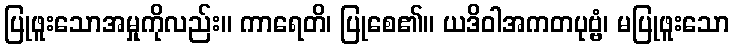
ပြုဖူးသောအမှုကိုလည်း။ ကာရေတိ၊ ပြုစေ၏။ ယဒိဝါအကတပုဗ္ဗံ၊ မပြုဖူးသော